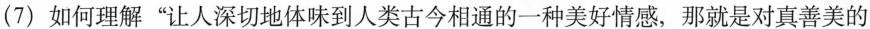
(7)如何理解”让人深切地体味到人类古今相通的一种美好情感，那就是对真善美的